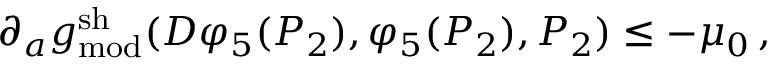
\partial _ { a } g _ { \mathrm { m o d } } ^ { \mathrm { s h } } ( D \varphi _ { 5 } ( P _ { 2 } ) , \varphi _ { 5 } ( P _ { 2 } ) , P _ { 2 } ) \leq - \mu _ { 0 } \, ,